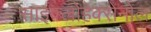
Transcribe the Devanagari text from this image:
साइक्लोहेक्सेनोल